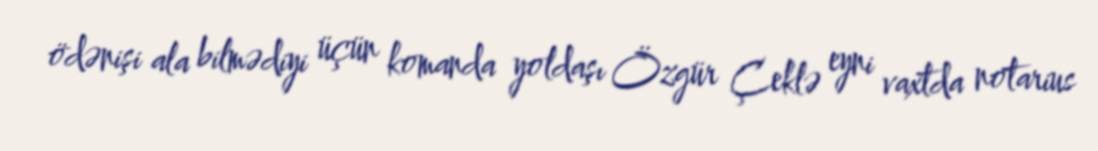
ödənişi ala bilmədiyi üçün komanda yoldaşı Özgür Çeklə eyni vaxtda notarius